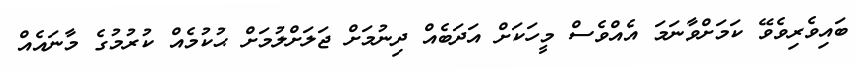
ބައިވެރިވެވޭ ކަމަށްވާނަމަ އެއްވެސް މީހަކަށް އަދަބެއް ދިނުމަށް ޖަލަށްލުމަށް ޙުކުމެއް ކުރުމުގެ މާނައެއް